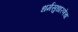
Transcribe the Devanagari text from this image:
धर्मसुधारणेचा